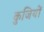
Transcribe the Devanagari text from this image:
कुजियों